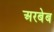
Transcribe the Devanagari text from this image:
अरबेब